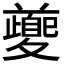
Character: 𭐱